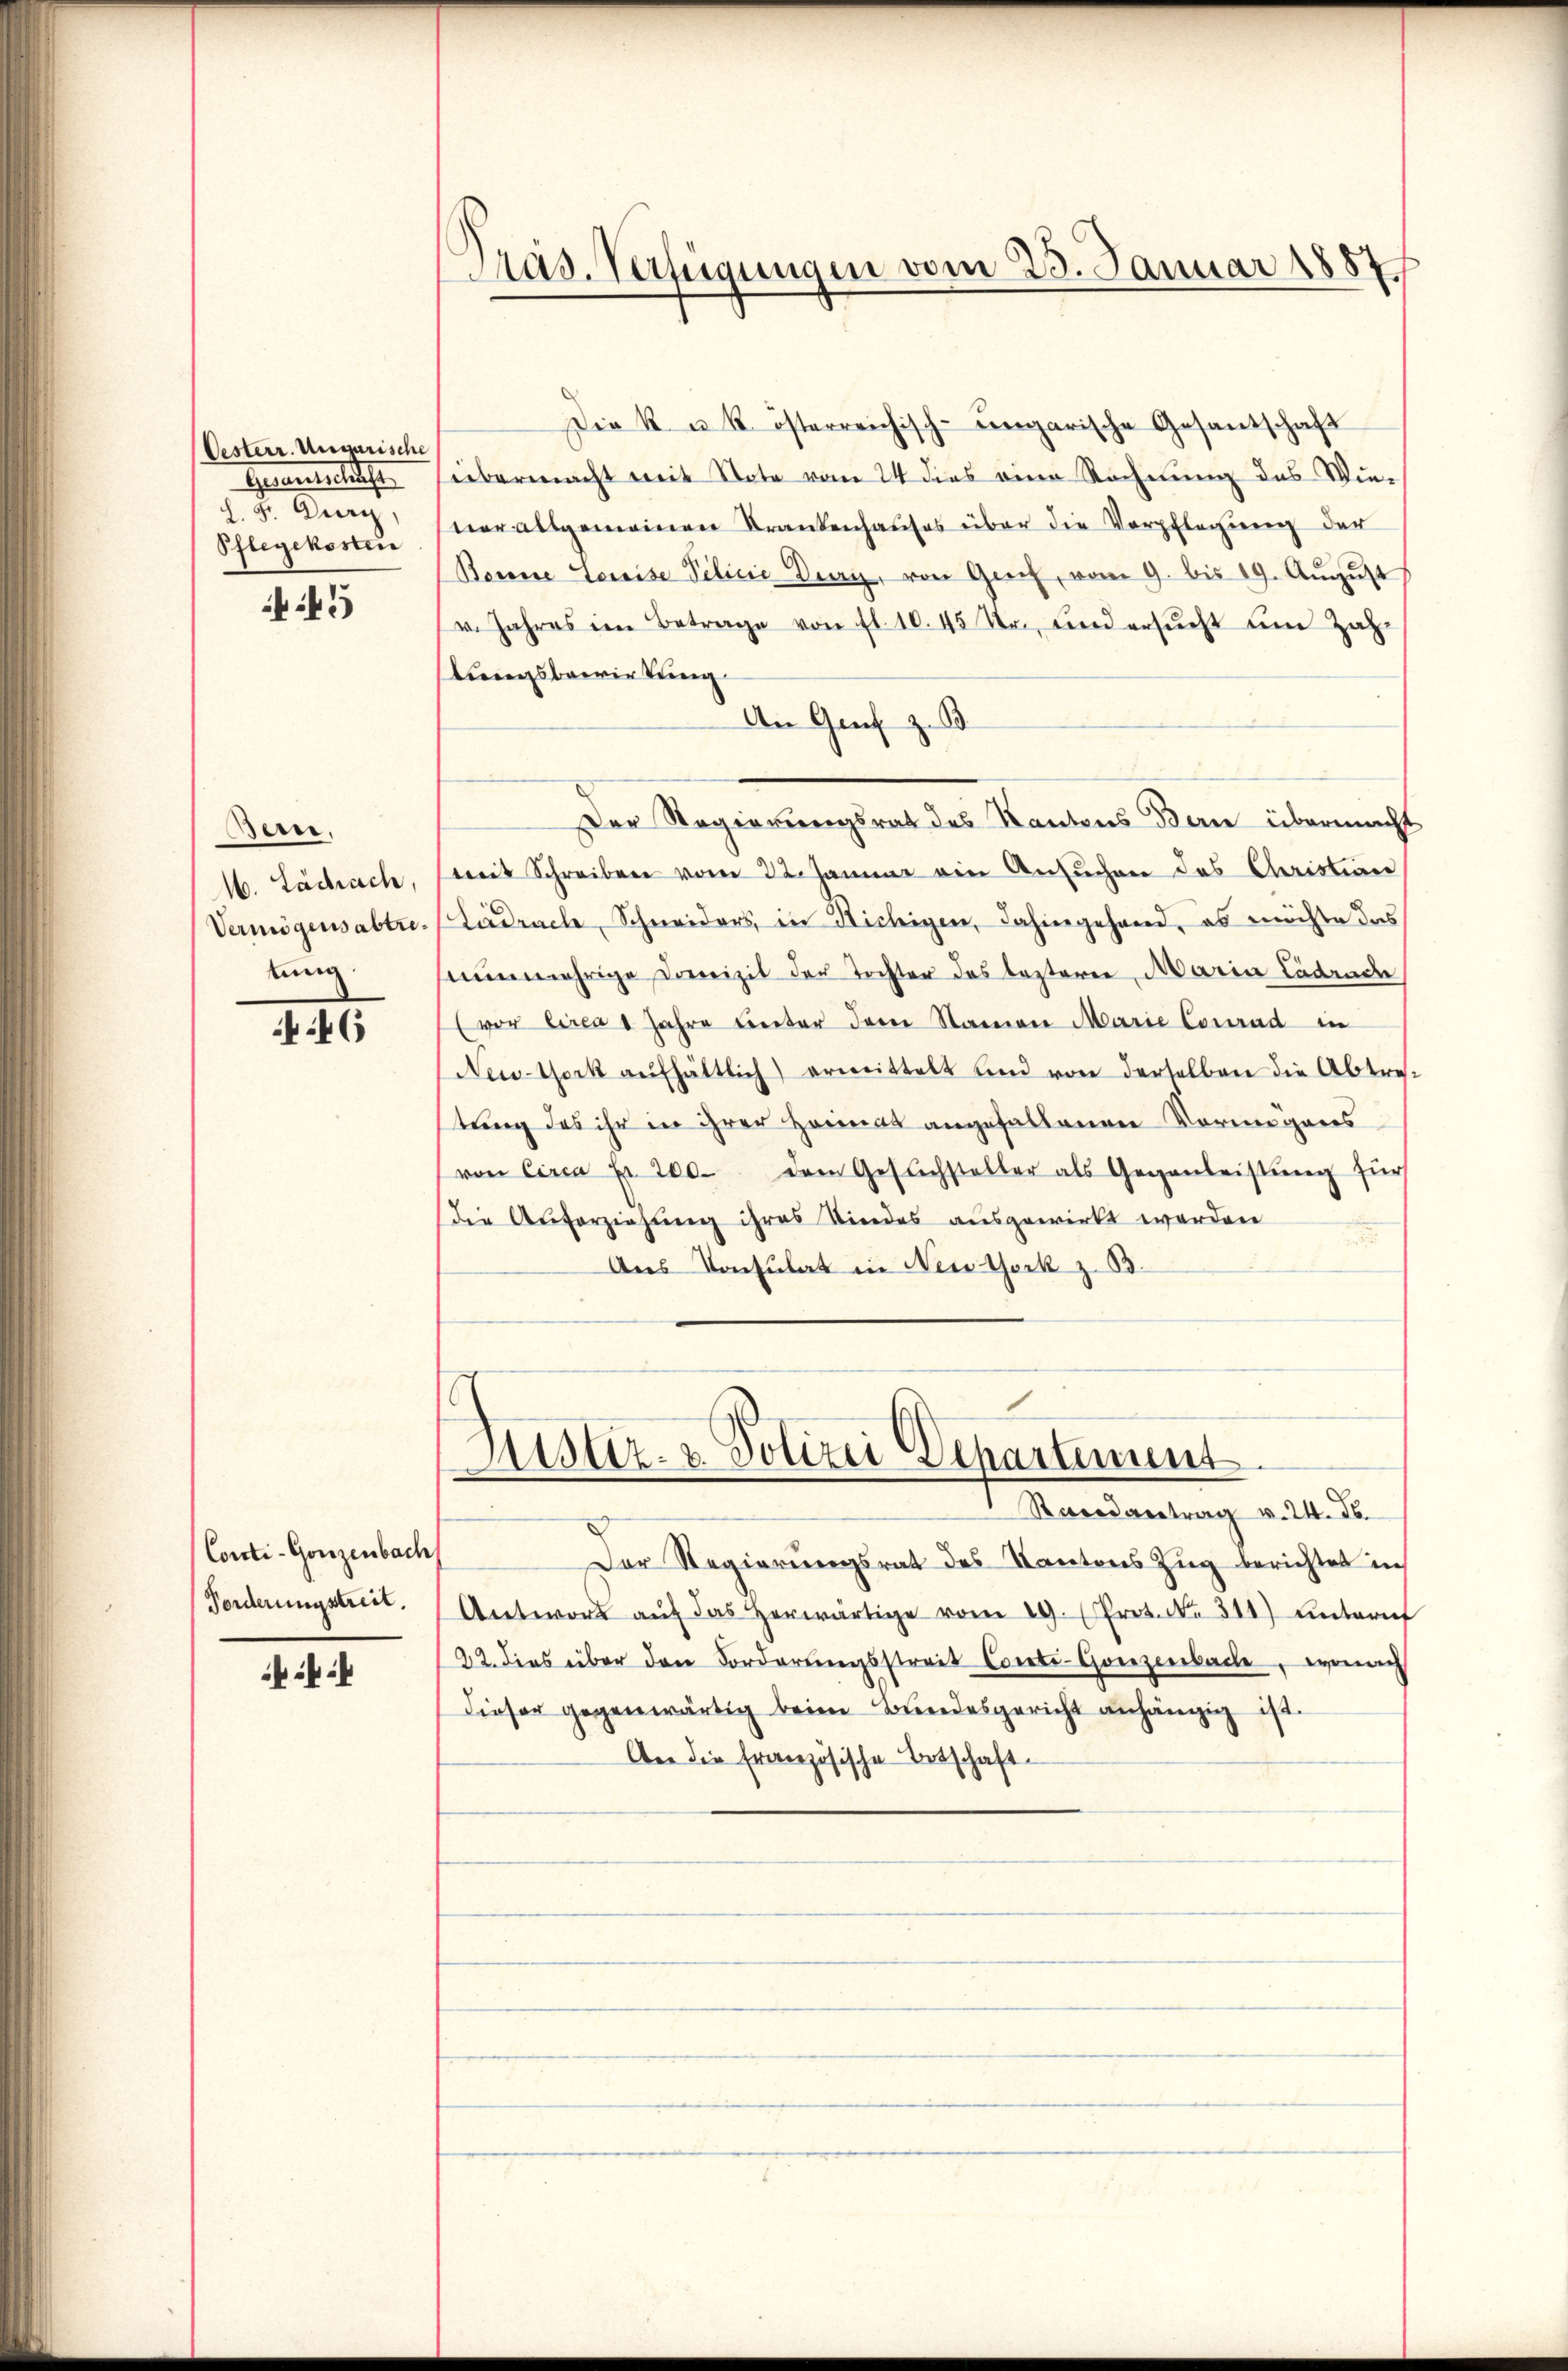
Oesterr. Ungarische
Gesamteiliche
L. Fr. Dury,
Pflegekosten

45

Bern.
16. Lachach,
Vermögensabtrelung

46

Conti-Gonzenbach
Forderungstreit.

Pras. Verfügungen vom 23. Januar 1887

Die k. u. k. österreichisch-ungarische Gesantschaft
sübermacht mit Note vom 24 dies eine Rechnung des Wie-
ner allgemeinen Krankenhauses über die Verpflegung der
Bonne Louise Pilicie Ding, von Greif, vom 9. bis 19. Aŭgŭst
u. Jahres im Betrage von fl. 10. 45 Fr., und ersŭcht um Zah
lungsbewirkung
An Genf z. B.
Der Regierungsrat des Kantons Bern übermacht
mit Schreiben vom 22. Januar ein Ansuchen des Christian
Lädrach, Schneiders in Richigen, dahingehand, es möchte das
nŭnmehrige Domizil der Tochter das lezterer, Maria Lädernde
(vor circa 1 Jahre leiter dem Stamian Marie Conrad in
New-York aŭfhältlich) ermittelt und von derselben die Abtre-
tung des ihr in ihrer Heimat angehaltenen Vormigens
von Circa Fr. 200. dem Gesuchsteller als Gegenleistŭng für
die Auferziehung ihres Kindes ausgewirkt werden
Aus Konsulat in New York z. B.
Justiz- & Polizei Departement
Randvertrag v. 24. ds.
Der Regierungsrat des Kantons Zŭg berichtet in
Antwort aŭf das herwärtige vom 19. Prot. N. 311) untern
22. dies über den Forderungsstreit Conto-Gonzenbache, wonach
Dieser gegenwärtig beim Bundesgericht anhängig ist.
An die französische Ortschaft